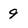
Character: 9